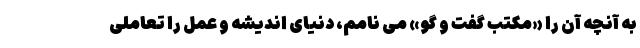
به آنچه آن را «مکتب گفت و گو» می نامم، دنیای اندیشه و عمل را تعاملی